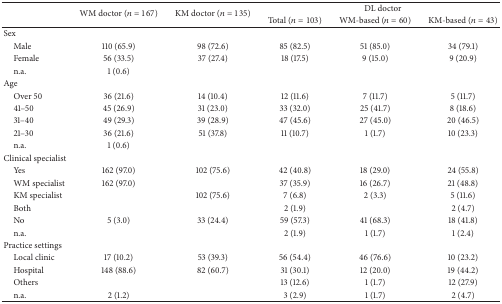
<table><thead><tr><td rowspan="2"></td><td rowspan="2"><b>WM doctor (<i>n</i> = 167)</b></td><td rowspan="2"><b>KM doctor (<i>n</i> = 135)</b></td><td colspan="3"><b>DL doctor</b></td></tr><tr><td><b>Total (<i>n</i> = 103)</b></td><td><b>WM-based (<i>n</i> = 60)</b></td><td><b>KM-based (<i>n</i> = 43)</b></td></tr></thead><tbody><tr><td>Sex</td><td> </td><td> </td><td> </td><td> </td><td> </td></tr><tr><td> Male</td><td>110 (65.9)</td><td>98 (72.6)</td><td>85 (82.5)</td><td>51 (85.0)</td><td>34 (79.1)</td></tr><tr><td> Female</td><td>56 (33.5)</td><td>37 (27.4)</td><td>18 (17.5)</td><td>9 (15.0)</td><td>9 (20.9)</td></tr><tr><td> n.a.</td><td>1 (0.6)</td><td> </td><td> </td><td> </td><td> </td></tr><tr><td>Age</td><td> </td><td> </td><td> </td><td> </td><td> </td></tr><tr><td> Over 50</td><td>36 (21.6)</td><td>14 (10.4)</td><td>12 (11.6)</td><td>7 (11.7)</td><td>5 (11.7)</td></tr><tr><td> 41–50</td><td>45 (26.9)</td><td>31 (23.0)</td><td>33 (32.0)</td><td>25 (41.7)</td><td>8 (18.6)</td></tr><tr><td> 31–40</td><td>49 (29.3)</td><td>39 (28.9)</td><td>47 (45.6)</td><td>27 (45.0)</td><td>20 (46.5)</td></tr><tr><td> 21–30</td><td>36 (21.6)</td><td>51 (37.8)</td><td>11 (10.7)</td><td>1 (1.7)</td><td>10 (23.3)</td></tr><tr><td> n.a.</td><td>1 (0.6)</td><td> </td><td> </td><td> </td><td> </td></tr><tr><td>Clinical specialist</td><td> </td><td> </td><td> </td><td> </td><td> </td></tr><tr><td> Yes</td><td>162 (97.0)</td><td>102 (75.6)</td><td>42 (40.8)</td><td>18 (29.0)</td><td>24 (55.8)</td></tr><tr><td> WM specialist</td><td>162 (97.0)</td><td> </td><td>37 (35.9)</td><td>16 (26.7)</td><td>21 (48.8)</td></tr><tr><td> KM specialist</td><td> </td><td>102 (75.6)</td><td>7 (6.8)</td><td>2 (3.3)</td><td>5 (11.6)</td></tr><tr><td> Both</td><td> </td><td> </td><td>2 (1.9)</td><td> </td><td>2 (4.7)</td></tr><tr><td> No</td><td>5 (3.0)</td><td>33 (24.4)</td><td>59 (57.3)</td><td>41 (68.3)</td><td>18 (41.8)</td></tr><tr><td> n.a.</td><td> </td><td> </td><td>2 (1.9)</td><td>1 (1.7)</td><td>1 (2.4)</td></tr><tr><td>Practice settings</td><td> </td><td> </td><td> </td><td> </td><td> </td></tr><tr><td> Local clinic</td><td>17 (10.2)</td><td>53 (39.3)</td><td>56 (54.4)</td><td>46 (76.6)</td><td>10 (23.2)</td></tr><tr><td> Hospital </td><td>148 (88.6)</td><td>82 (60.7)</td><td>31 (30.1)</td><td>12 (20.0)</td><td>19 (44.2)</td></tr><tr><td> Others</td><td> </td><td> </td><td>13 (12.6)</td><td>1 (1.7)</td><td>12 (27.9)</td></tr><tr><td> n.a.</td><td>2 (1.2)</td><td> </td><td>3 (2.9)</td><td>1 (1.7) </td><td>2 (4.7)</td></tr></tbody></table>